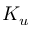
K _ { u }